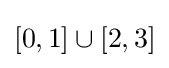
[0,1]\cup [2,3]